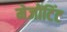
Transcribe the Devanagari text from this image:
मेजोंटिंट